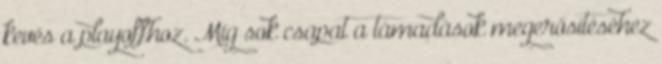
kevés a playoffhoz. Míg sok csapat a támadások megerősítéséhez